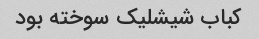
کباب شیشلیک سوخته بود